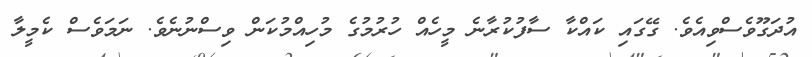
އުދަގޫވެސްވިއެވެ. ގޭގައި ކައްކާ ސާފުކުރާނެ މީހެއް ހުރުމުގެ މުހިއްމުކަން ވިސްނުނެވެ. ނަމަވެސް ކެމީލާ